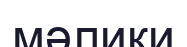
мәлики